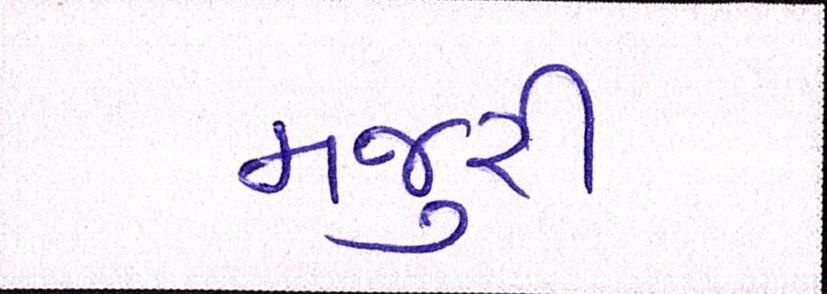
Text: મજુરી